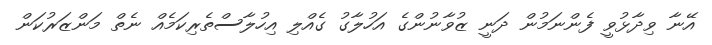
އޭނާ ވިދާޅުވީ ފެންނަމުން ދަނީ ޒުވާނުންގެ އަހުލާގު ގެއްލި އިހުލާސްތެރިކަމެއް ނެތް މަންޒަރުކަން